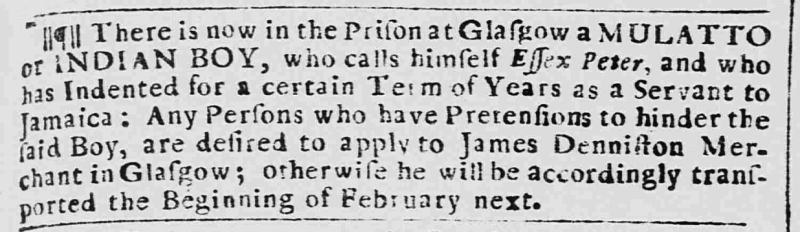
Caledonian Mercury, 12 January 1744 (Scotland)
There is now in the Prison at Glasgow a MULATTO or INDIAN BOY, who calls himself Essex Peter, and who has Indented for a certain Term of Years as a Servant to Jamaica: Any Persons who have Pretensions to hinder the said Boy, are desired to apply to James Denniston Merchant in Glasgow; otherwise he will be accordingly transported the Beginning of February next.